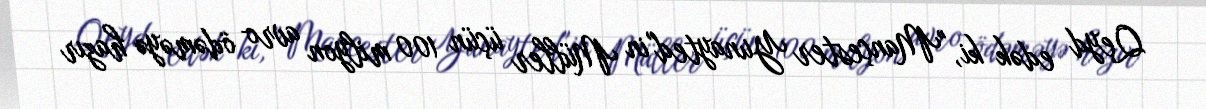
Qeyd edək ki, "Mançester Yunayted"in Müller üçün 100 milyon avro ödəməyə hazır